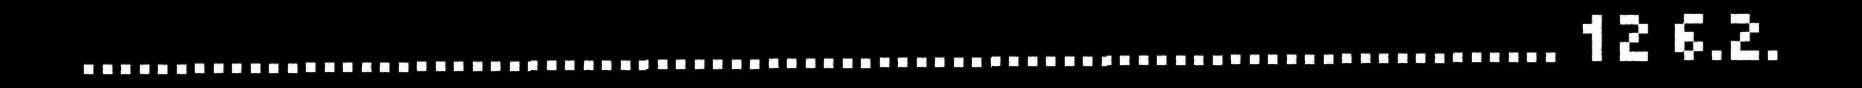
................................................................................ 12 6.2.